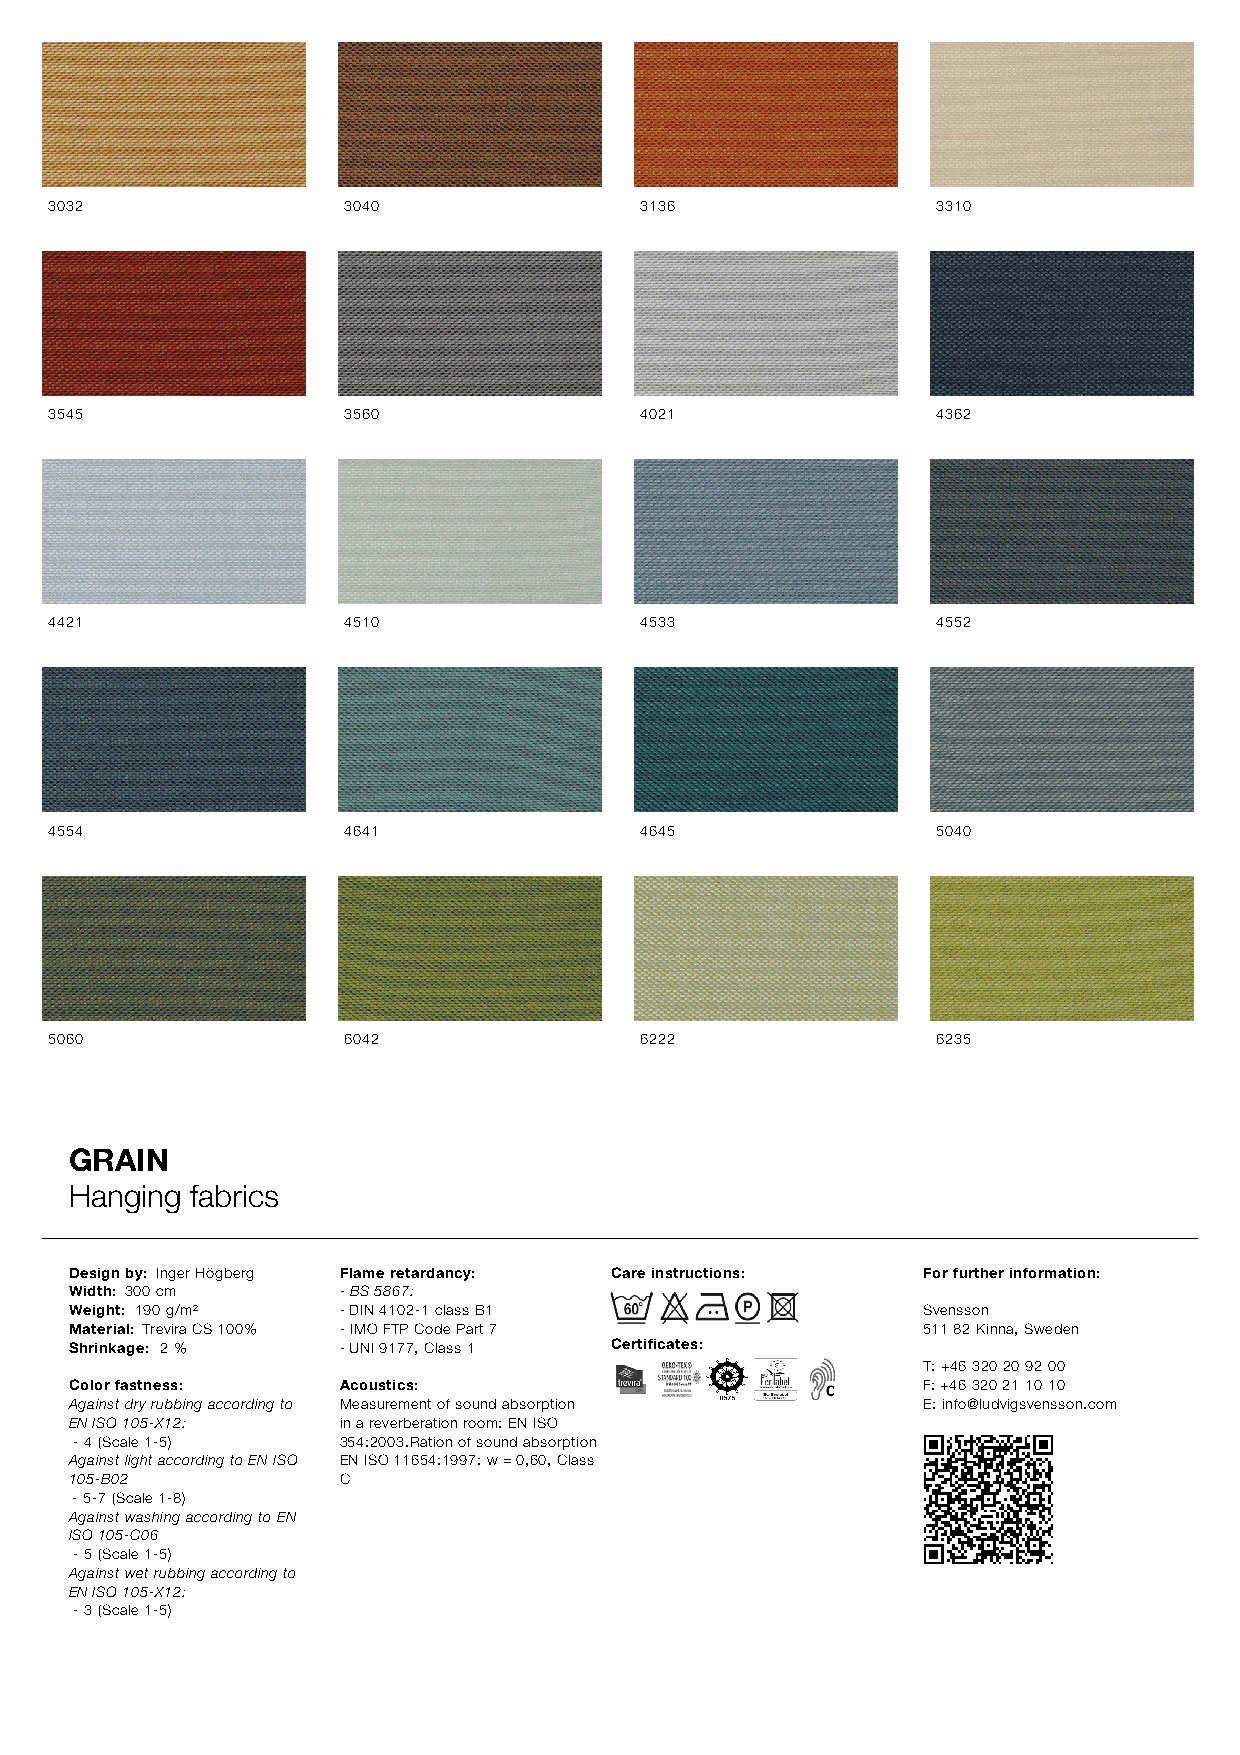
3032                3040               3136                3310
 3545                3560               4021                4362
 4421                4510               4533                4552
 4554                4641               4645                5040
 5060                6042               6222                6235
 GRAIN
 Hanging fabrics
 Design by: Inger Högberg Flame retardancy: Care instructions: For further information:
 Width: 300 cm    - BS 5867:
 Weight: 190 g/m² - DIN 4102-1 class B1                  Svensson
 Material: Trevira CS 100% - IMO FTP Code Part 7         511 82 Kinna, Sweden
 Shrinkage: 2 %   - UNI 9177, Class 1 Certificates:
 T: +46 320 20 92 00
 Color fastness:  Acoustics:                             F: +46 320 21 10 10
 Against dry rubbing according to Measurement of sound absorption E: info@ludvigsvensson.com
 EN ISO 105-X12:  in a reverberation room: EN ISO
 - 4 (Scale 1-5)  354:2003.Ration of sound absorption
 Against light according to EN ISO EN ISO 11654:1997: w = 0,60, Class
 105-B02          C
 - 5-7 (Scale 1-8)
 Against washing according to EN
 ISO 105-C06
 - 5 (Scale 1-5)
 Against wet rubbing according to
 EN ISO 105-X12:
 - 3 (Scale 1-5)